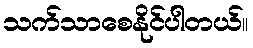
သက်သာစေနိုင်ပါတယ်။